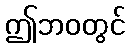
ဤဘဝတွင်